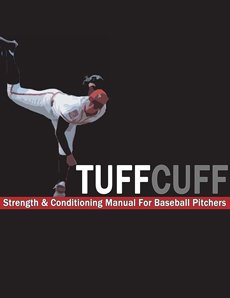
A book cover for The TUFFCUFF Strength and Conditioning Manual for Baseball Pitchers: A 52-Week Guide to Pitching Workouts and Throwing Programs; Steven Ellis; Sports & Outdoors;